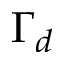
\Gamma _ { d }